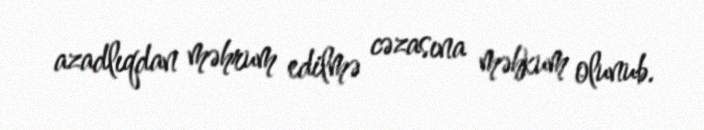
azadlıqdan məhrum edilmə cəzasına məhkum olunub.